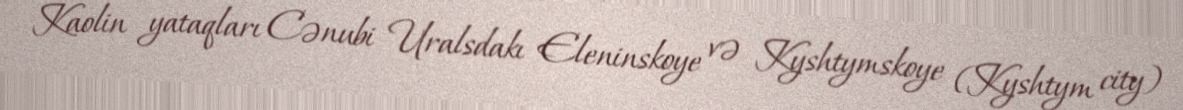
Kaolin yataqları Cənubi Uralsdakı Eleninskoye və Kyshtymskoye (Kyshtym city)